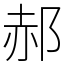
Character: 郝